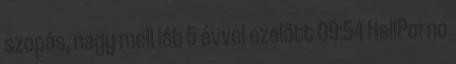
szopás, nagy mell láb 5 évvel ezelőtt 09:54 HellPorno